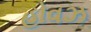
હોવઝ